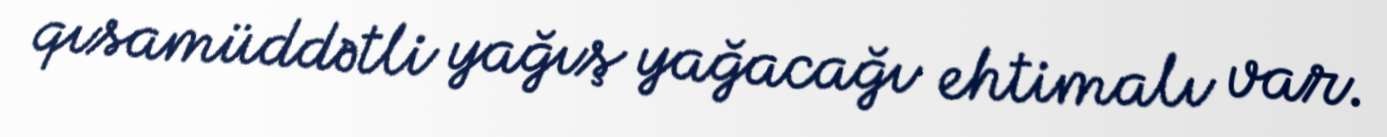
qısamüddətli yağış yağacağı ehtimalı var.